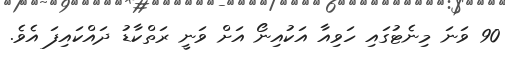
90 ވަނަ މިނެޓުގައި ހަވިއާ އަކުއިނޯ އަށް ވަނީ ރަތްކާޑު ދައްކައިފަ އެވެ.